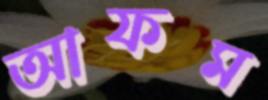
আফম